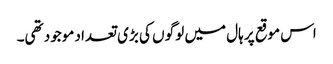
اس موقع پر ہال میں لوگو ں کی بڑی تعداد موجود تھی۔